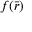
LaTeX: f ( { \bar { r } } )